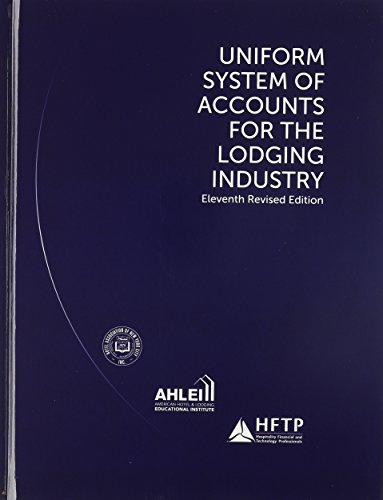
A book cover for Uniform System of Accounts for the Lodging Industry with Answer Sheet (AHLEI) (11th Edition) (AHLEI - Hospitality Accounting / Financial Management); American Hotel & Lodging Association; Business & Money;